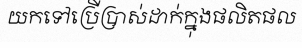
យកទៅប្រើប្រាស់ដាក់ក្នុងផលិតផល